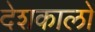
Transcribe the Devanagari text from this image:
देशकालों